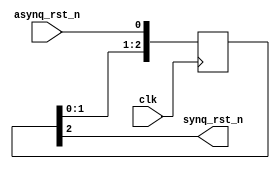
`timescale 1ps/1ps

module synqrst
(
  input  wire clk,
  input  wire asynq_rst_n,
  output wire synq_rst_n
);
  reg [2:0] synq = 3'b000;

  always @(posedge clk) begin
    synq[2] <= synq[1];
    synq[1] <= synq[0];
    synq[0] <= asynq_rst_n;
  end
  assign synq_rst_n = synq[2];

endmodule